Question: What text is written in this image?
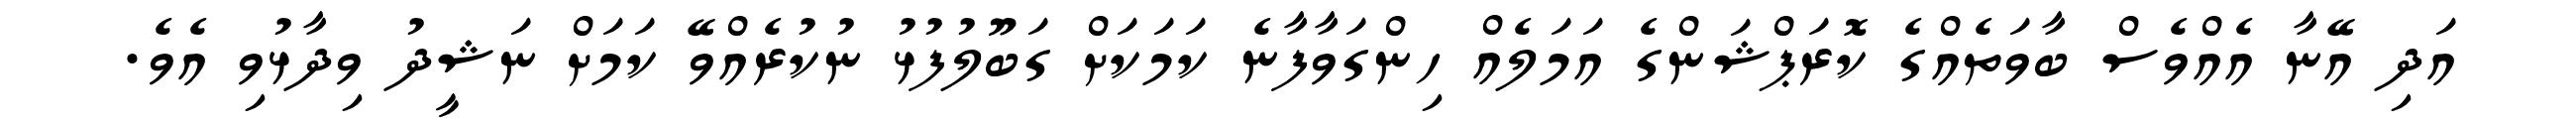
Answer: އަދި އޭނާ އެއްވެސް ބާވަތެއްގެ ކޮރަޕްޝަންގެ އަމަލެއް ހިންގަވާފާނެ ކަމަކަށް ގަބޫލުފުޅު ނުކުރެއްވޭ ކަމަށް ނަޝީދު ވިދާޅުވި އެވެ.